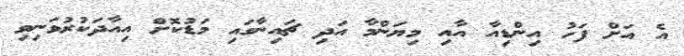
އެ އަށް ފަހު އިންޑިއާ އާއި މިޔަންމާ އަދި ޗައިނާގައި މަޑުކޮށް އިއާދަކުރުވަނިވި